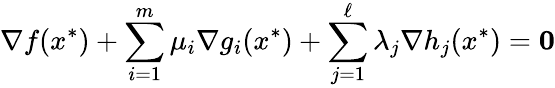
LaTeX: \nabla f(x^{*})+\sum_{i=1}^{m}\mu_{i}\nabla g_{i}(x^{*})+\sum_{j=1}^{\ell}\lambda_{j}\nabla h_{j}(x^{*})=\mathbf{0}